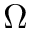
\Omega